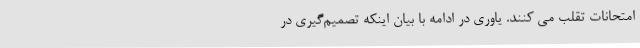
امتحانات تقلب می کنند. یاوری در ادامه با بیان اینکه تصمیم‌گیری در